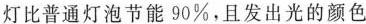
灯比普通灯泡节能90%，且发出光的颜色